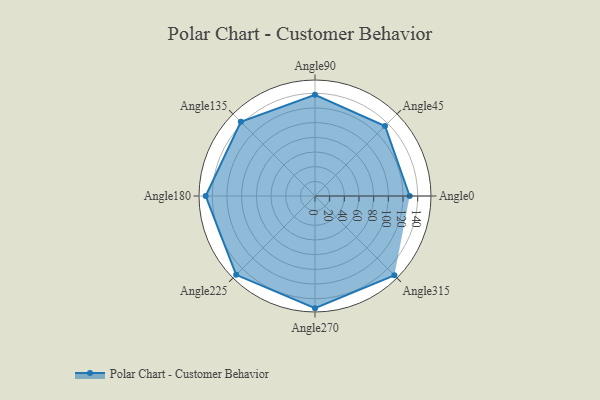
{"axis": {"x": "Angle", "y": "Radius"}, "legend": [""], "data": [{"x": "Angle0", "y": 129.0, "type": ""}, {"x": "Angle45", "y": 135.0, "type": ""}, {"x": "Angle90", "y": 138.0, "type": ""}, {"x": "Angle135", "y": 143.0, "type": ""}, {"x": "Angle180", "y": 149.0, "type": ""}, {"x": "Angle225", "y": 152.0, "type": ""}, {"x": "Angle270", "y": 153.0, "type": ""}, {"x": "Angle315", "y": 153.0, "type": ""}]}